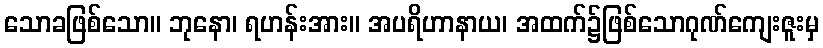
သောခဖြစ်သော။ ဘုနော၊ ရဟန်းအား။ အပရိဟာနာယ၊ အထက်၌ဖြစ်သောဂုဏ်ကျေးဇူးမှ